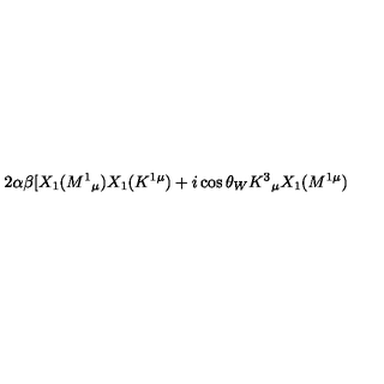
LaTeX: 2 \alpha \beta \lbrack X _ { 1 } ( M ^ { 1 } { } _ { \mu } ) X _ { 1 } ( K ^ { 1 \mu } ) + i \cos \theta _ { W } K ^ { 3 } { } _ { \mu } X _ { 1 } ( M ^ { 1 \mu } )